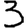
Digit: 3